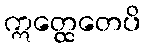
ဣတ္ထေတေပိ